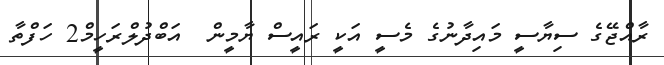
ރާއްޖޭގެ ސިޔާސީ މައިދާނުގެ މެސީ އަކީ ރައީސް ޔާމީން  އަބްދުލްރަހީމް2 ހަފްތާ